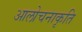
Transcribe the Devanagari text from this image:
आलोचनाकृति